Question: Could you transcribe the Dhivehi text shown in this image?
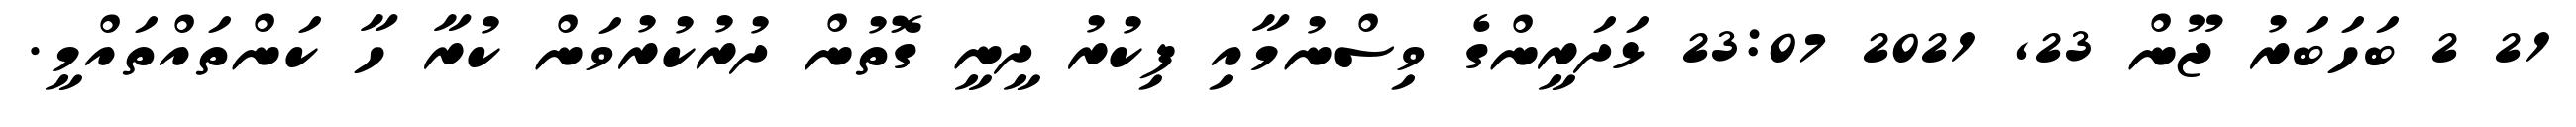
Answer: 21 2 ބަހަބަރު ޖޫން 23, 2021 23:07 ޅަދަރީންގެ ވިސްނުމާއި ފިކުރު ދީނީ ގޮތުން ދުރުކުރުވަން ކުރާ ހާ ކަންތައްތައްމީ.